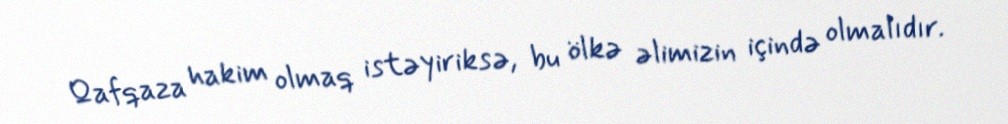
Qafqaza hakim olmaq istəyiriksə, bu ölkə əlimizin içində olmalıdır.